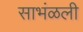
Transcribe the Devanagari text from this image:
साभंळली